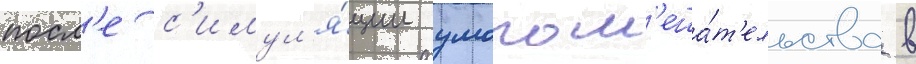
посл'е с'имул'я́ции умопом'еша́т'ельства в